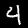
Label: 4